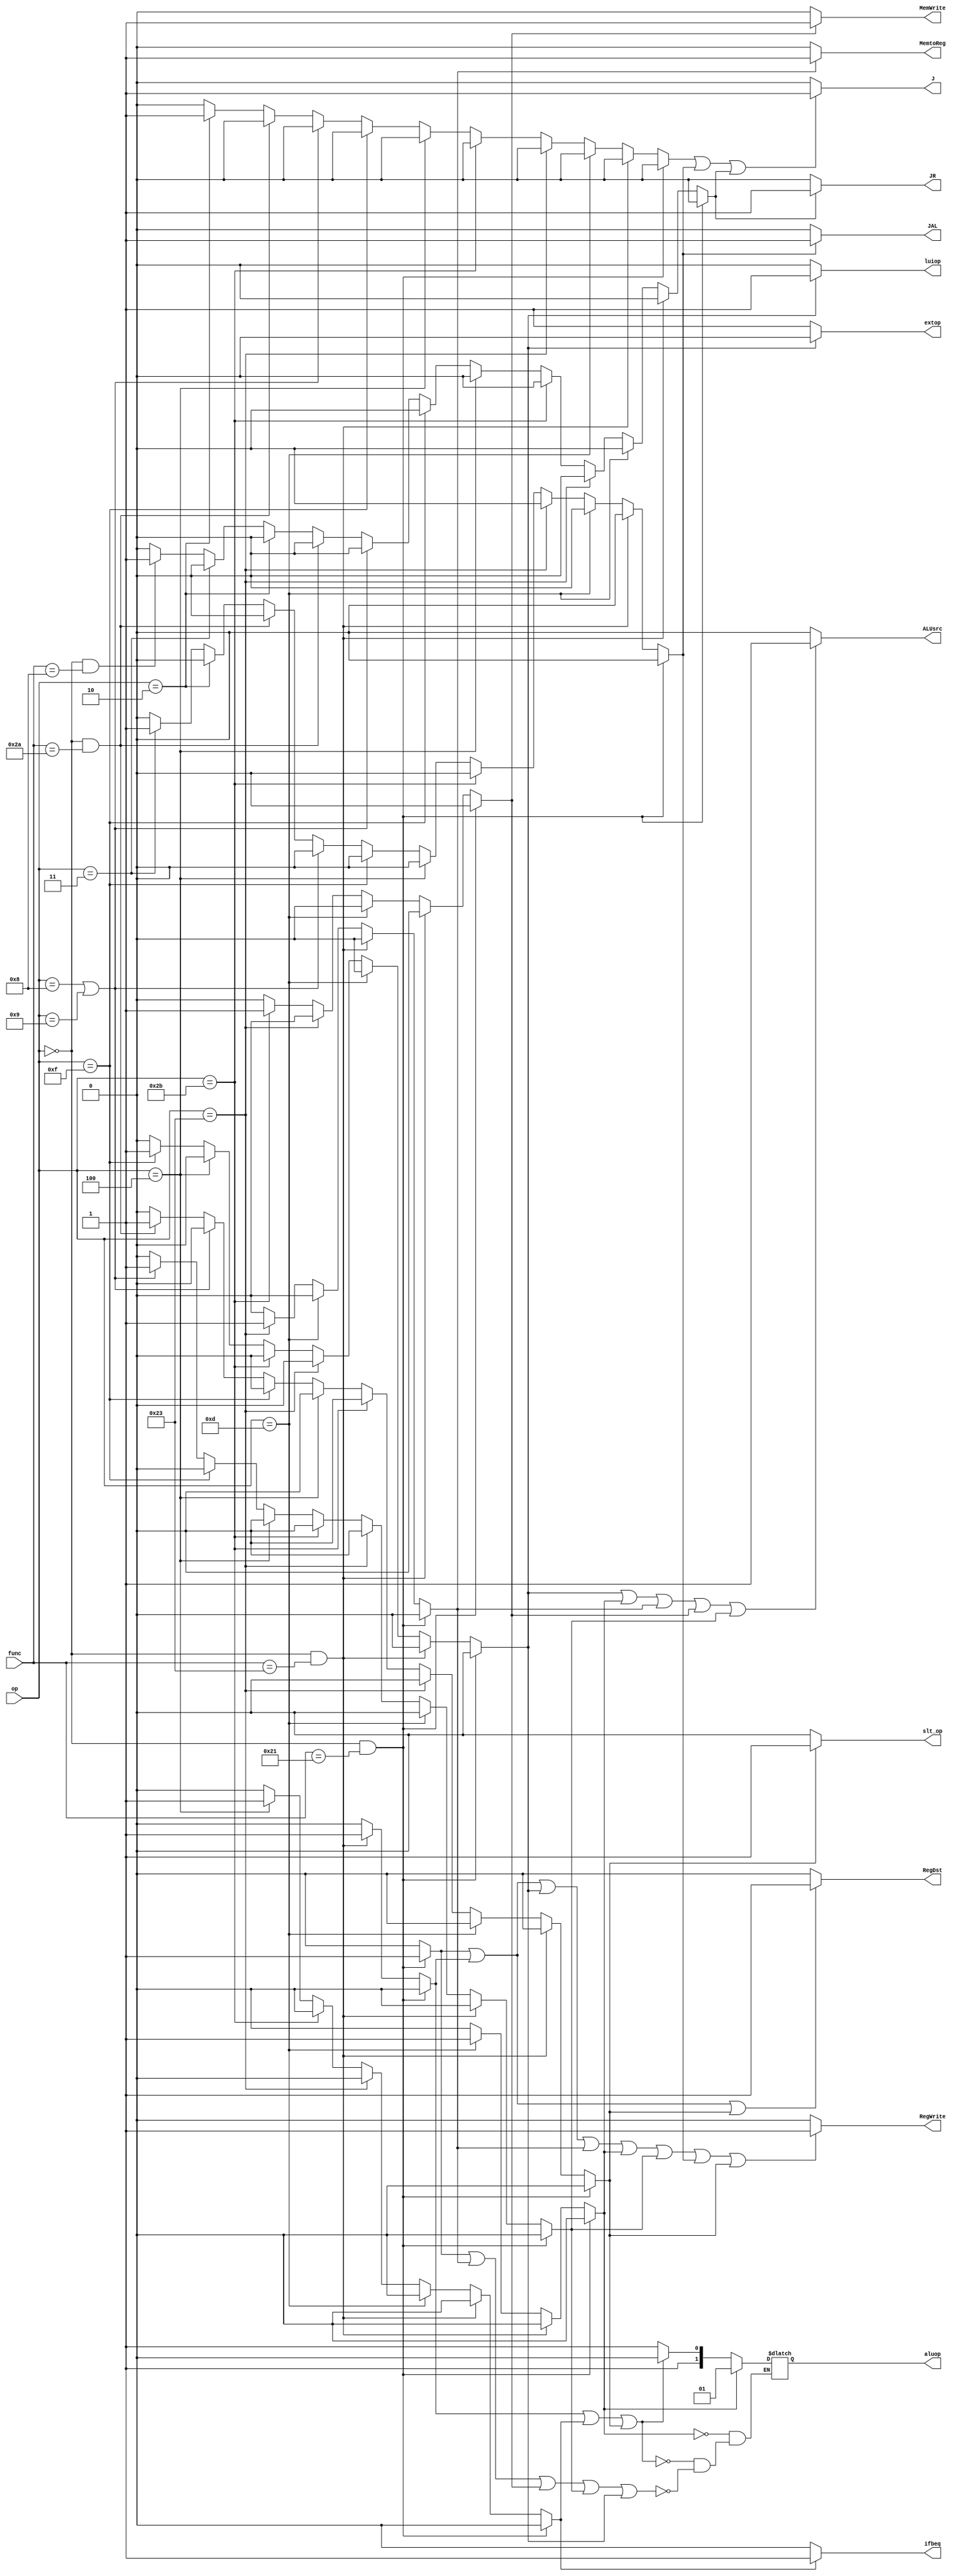
`timescale 1ns / 1ps

module controller(
                input[5:0] func,op,
                output reg RegDst,ALUsrc, MemtoReg, RegWrite, MemWrite, extop, ifbeq, luiop, JAL, J, JR,
                output reg[1:0] aluop,
                output reg slt_op//
	);
	reg addu, subu, ori, lw, sw, beq, lui, addi, slt, j, jal, jr;

	always @(func or op)
	begin
                addu = 0; addi = 0; subu = 0; ori = 0;
                lw = 0; sw = 0; beq = 0; lui = 0;
                slt = 0; j = 0; jal = 0; jr = 0; 
                RegDst = 0;
                ALUsrc = 0;
                MemtoReg = 0;
                RegWrite = 0;
                MemWrite = 0;
                extop = 0;
                ifbeq = 0;
                luiop = 0;
                JAL = 0;
                J = 0;
                JR = 0;

                extop = 1; slt_op = 0;

                if ((op == 6'b0) && (func == 6'b100001)) 
                        addu=1;
    		else if ((op == 6'b0) && (func == 6'b100011)) 
                        subu=1;
                else if((op == 6'b001101))
                        ori = 1;
                else if ((op == 6'b100011))
                        lw = 1;
                else if ((op == 6'b101011))
                        sw = 1;
                else if ((op == 6'b000100))
                begin
                        beq = 1;
                        /*$display("GPR[9]:%d", GPR.gpr[9]);
                        $display("GPR[6]:%d", GPR.gpr[6]);*/
                end	
                else if ((op == 6'b001111))
                        lui = 1;	
                else if ((op == 6'b001000) || (op == 6'b001001)) 
                        addi = 1;
                else if ((op == 6'b000000) && (func == 6'b101010)) 
                        slt = 1;
                else if ((op == 6'b000010))
                        j = 1;
                else if ((op == 6'b000011)) 
                        jal = 1;
                else if ((op == 6'b000000) && (func == 6'b001000)) 
                        jr = 1;


                if (lui == 1) 
                        luiop = 1;
                if (lui == 1) 
                        extop = 0;
                if ((addu == 1) || (subu == 1) || (slt == 1)) 
                        RegDst = 1;
                if ((addu == 1) || (subu == 1) || (lui == 1) || (lw == 1) || (ori == 1) || (addi == 1) || (jal == 1) || (slt == 1)) 
                        RegWrite=1;
                if ((lui == 1) || (ori == 1) || (lw == 1) || (sw == 1) || (addi == 1)) 
                        ALUsrc = 1;
                if (beq == 1) 
                        ifbeq = 1;
                if (sw == 1) 
                        MemWrite = 1;
                if (lw == 1) 
                        MemtoReg=1;
                if ((addu == 1) || (lw == 1) || (sw == 1) || (addi == 1) || (lui == 1)) 
                        aluop = 3;//3
                if ((subu == 1) || (beq == 1) || (slt == 1)) 
                        aluop = 2;//2
                if (ori == 1) 
                        aluop = 1;//
                if (slt == 1) 
                        slt_op = 1;
                if ((j == 1) || (jal == 1) || (jr == 1)) 
                        J = 1;//
                if (jal == 1) 
                        JAL = 1;
                if (jr == 1) 
                        JR = 1;
	end
endmodule